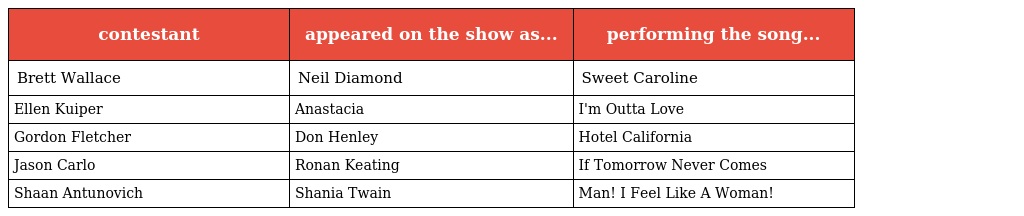
| contestant | appeared on the show as... | performing the song... |
 | --- | --- | --- |
 | Brett Wallace | Neil Diamond | Sweet Caroline |
 | Ellen Kuiper | Anastacia | I'm Outta Love |
 | Gordon Fletcher | Don Henley | Hotel California |
 | Jason Carlo | Ronan Keating | If Tomorrow Never Comes |
 | Shaan Antunovich | Shania Twain | Man! I Feel Like A Woman! |